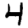
Digit: 4